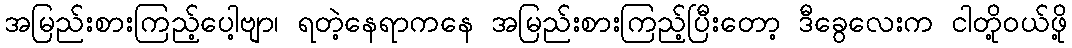
အမြည်းစားကြည့်ပေါ့ဗျာ၊ ရတဲ့နေရာကနေ အမြည်းစားကြည့်ပြီးတော့ ဒီခွေလေးက ငါတို့ဝယ်ဖို့